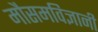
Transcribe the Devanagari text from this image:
मौसमविज्ञानी